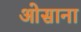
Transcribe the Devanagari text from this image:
ओसाना